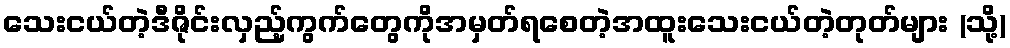
သေးငယ်တဲ့ဒီဇိုင်းလှည့်ကွက်တွေကိုအမှတ်ရစေတဲ့အထူးသေးငယ်တဲ့တုတ်များ (သို့)